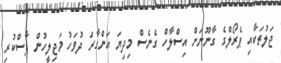
ޖަލުތަކާއި ޕެރޯލްގެ ގާނޫނަށް އިސްލާހް ގެނެސް މިދިޔަ އަންގާރަ ދުވަހު މަޖިލީހުން ފާސްކުރި